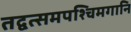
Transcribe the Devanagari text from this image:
तद्वत्समपश्चिमगानि